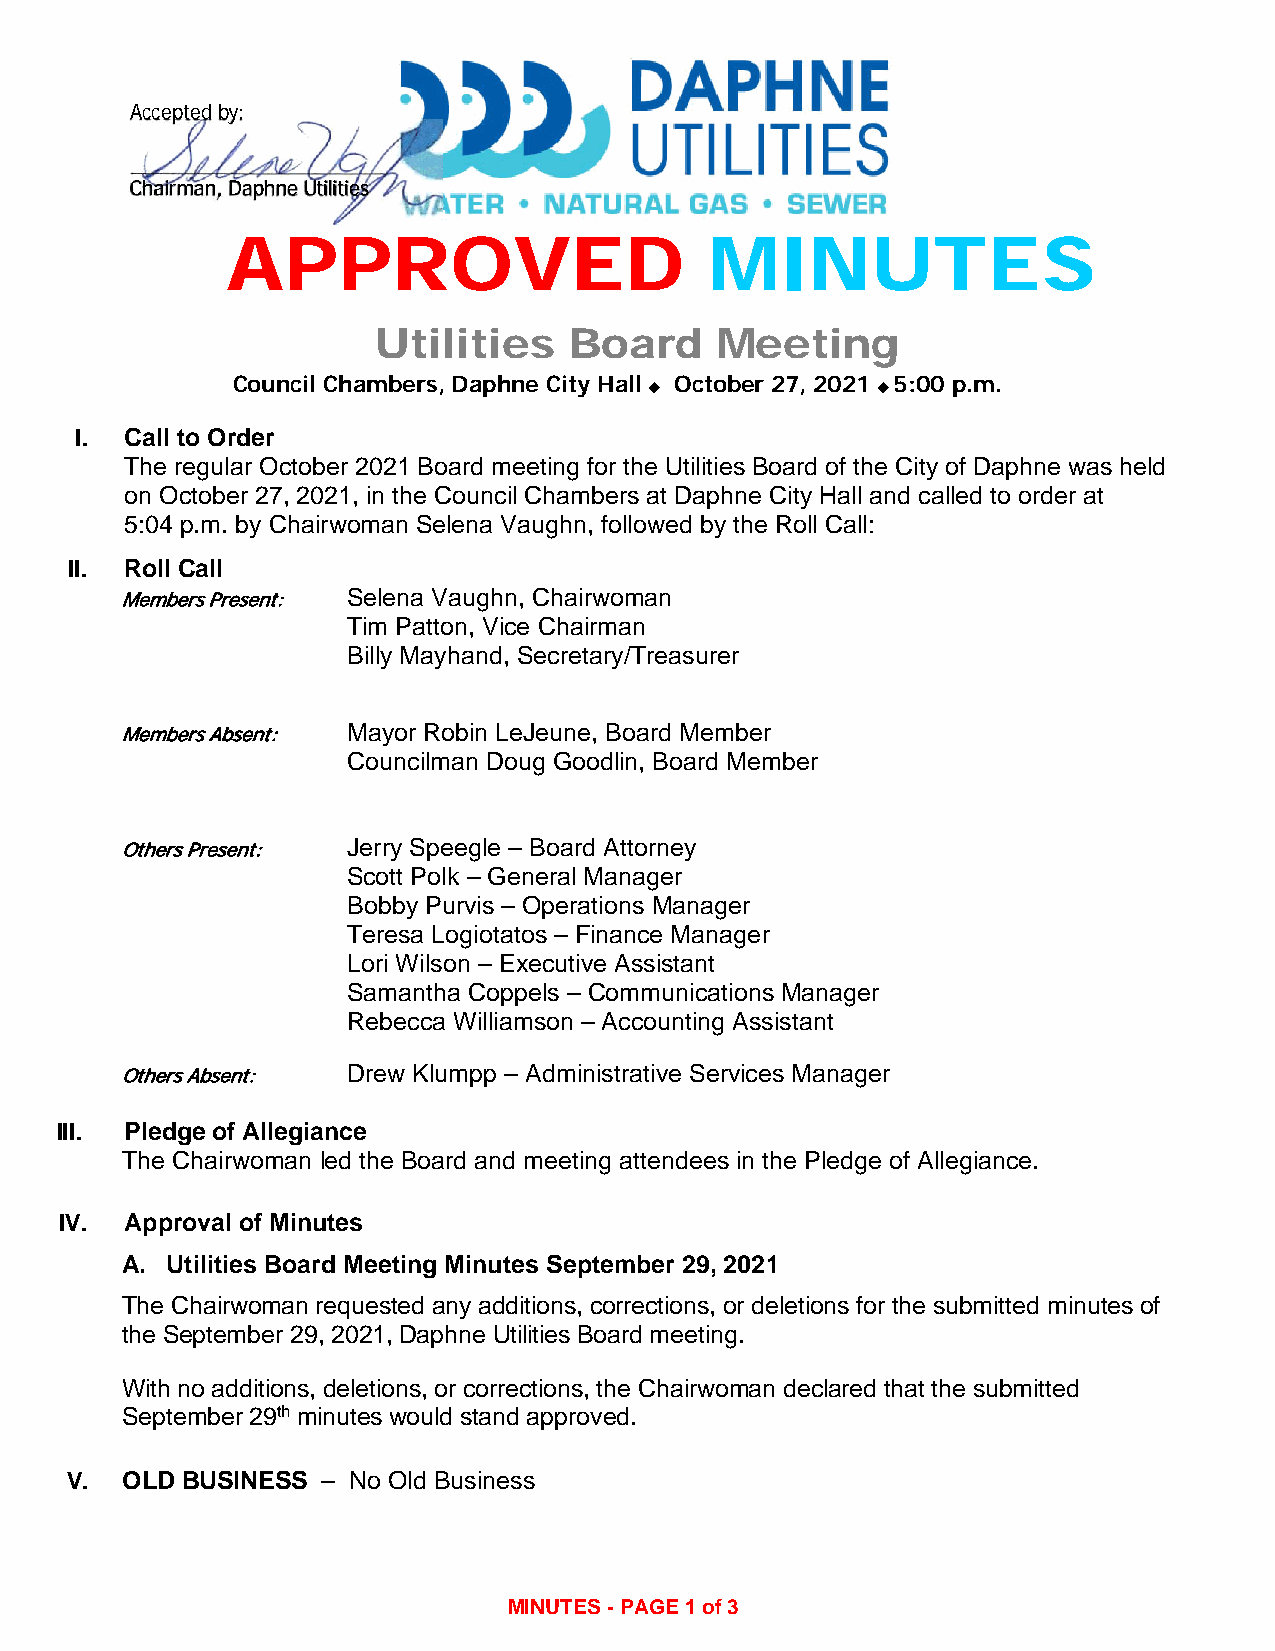
Accepted by:
 Chairman, Daphne Utilities
 APPROVED                        MINUTES
 Utilities    Board    Meeting
 Council Chambers, Daphne City Hall  October 27, 2021  5:00 p.m.
 I. Call to Order
 The regular October 2021 Board meeting for the Utilities Board of the City of Daphne was held
 on October 27, 2021, in the Council Chambers at Daphne City Hall and called to order at
 5:04 p.m. by Chairwoman Selena Vaughn, followed by the Roll Call:
 II. Roll Call
 Members Present: Selena Vaughn, Chairwoman
 Tim Patton, Vice Chairman
 Billy Mayhand, Secretary/Treasurer
 Members Absent: Mayor Robin LeJeune, Board Member
 Councilman Doug Goodlin, Board Member
 Others Present: Jerry Speegle – Board Attorney
 Scott Polk – General Manager
 Bobby Purvis – Operations Manager
 Teresa Logiotatos – Finance Manager
 Lori Wilson – Executive Assistant
 Samantha Coppels – Communications Manager
 Rebecca Williamson – Accounting Assistant
 Others Absent: Drew Klumpp – Administrative Services Manager
 III. Pledge of Allegiance
 The Chairwoman led the Board and meeting attendees in the Pledge of Allegiance.
 IV. Approval of Minutes
 A. Utilities Board Meeting Minutes September 29, 2021
 The Chairwoman requested any additions, corrections, or deletions for the submitted minutes of
 the September 29, 2021, Daphne Utilities Board meeting.
 With no additions, deletions, or corrections, the Chairwoman declared that the submitted
 September 29th minutes would stand approved.
 V.  OLD BUSINESS – No Old Business
 MINUTES - PAGE 1 of 3